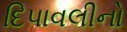
દિપાવલીનો